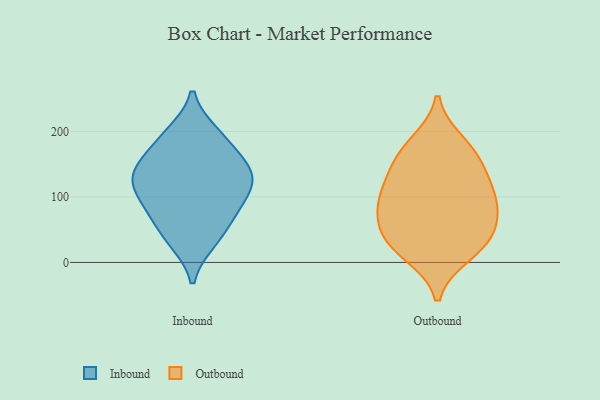
{"axis": {"x": "Latency (ms)", "y": "Value"}, "legend": ["Inbound", "Outbound"], "data": [{"x": "", "y": 93, "type": "Inbound"}, {"x": "", "y": 177, "type": "Inbound"}, {"x": "", "y": 194, "type": "Inbound"}, {"x": "", "y": 96, "type": "Inbound"}, {"x": "", "y": 129, "type": "Inbound"}, {"x": "", "y": 116, "type": "Inbound"}, {"x": "", "y": 150, "type": "Inbound"}, {"x": "", "y": 32, "type": "Inbound"}, {"x": "", "y": 135, "type": "Inbound"}, {"x": "", "y": 197, "type": "Inbound"}, {"x": "", "y": 73, "type": "Inbound"}, {"x": "", "y": 67, "type": "Inbound"}, {"x": "", "y": 131, "type": "Inbound"}, {"x": "", "y": 35, "type": "Inbound"}, {"x": "", "y": 142, "type": "Inbound"}, {"x": "", "y": 27, "type": "Outbound"}, {"x": "", "y": 45, "type": "Outbound"}, {"x": "", "y": 126, "type": "Outbound"}, {"x": "", "y": 90, "type": "Outbound"}, {"x": "", "y": 163, "type": "Outbound"}, {"x": "", "y": 14, "type": "Outbound"}, {"x": "", "y": 104, "type": "Outbound"}, {"x": "", "y": 182, "type": "Outbound"}, {"x": "", "y": 72, "type": "Outbound"}, {"x": "", "y": 154, "type": "Outbound"}, {"x": "", "y": 92, "type": "Outbound"}, {"x": "", "y": 36, "type": "Outbound"}]}